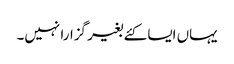
یہاں ایسا کئے بغیر گزارا نہیں۔